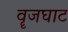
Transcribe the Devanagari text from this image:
वॄजघाट